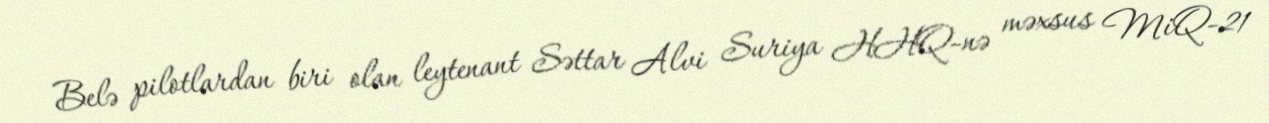
Belə pilotlardan biri olan leytenant Səttar Alvi Suriya HHQ-nə məxsus MiQ-21